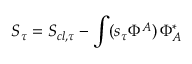
S _ { \tau } = S _ { c l , \tau } - \int ( s _ { \tau } \Phi ^ { A } ) \, \Phi _ { A } ^ { * }